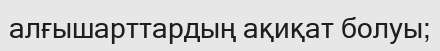
алғышарттардың ақиқат болуы;